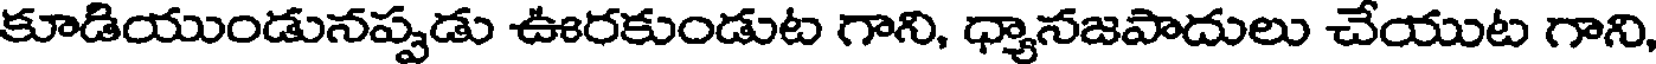
కూడియుండునప్పడు ఊరకుండుట గాని, ధ్యానజపాదులు చేయుట గాని,